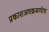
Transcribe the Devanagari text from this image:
प्रकाशअवक्रमणीय